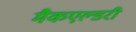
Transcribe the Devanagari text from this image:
मैकएल्डरी